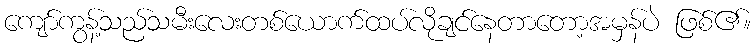
ကျော်ကွန့်သည်သမီးလေးတစ်ယောက်ထပ်လိုချင်နေတာတော့အမှန်ပဲ ဖြစ်၏။